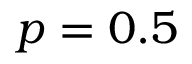
p = 0 . 5